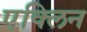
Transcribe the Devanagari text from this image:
एक्लिन